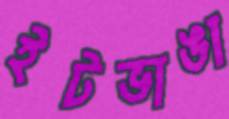
ইটভাঙা